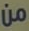
من